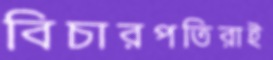
বিচারপতিরাই